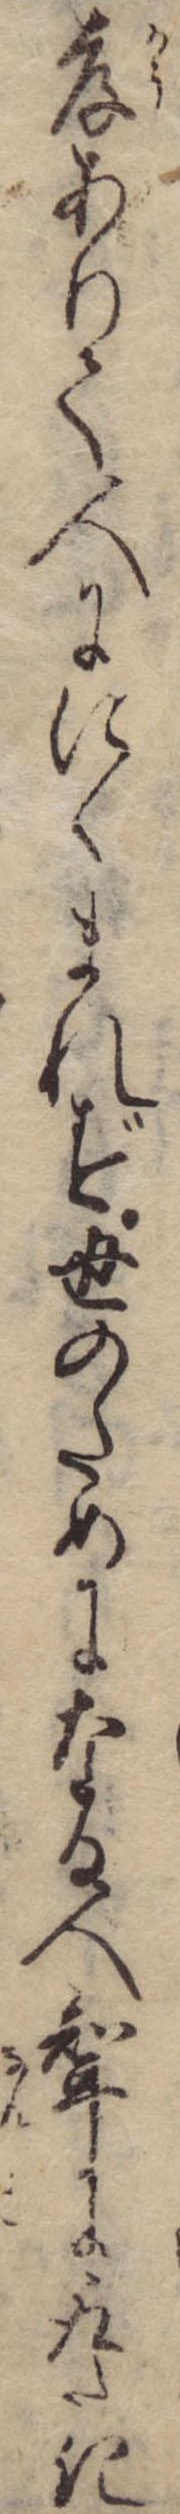
孝ありて人ににくまれず世のためになる人婿に取たき